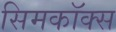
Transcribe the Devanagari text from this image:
सिमकॉक्स